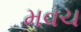
મવચ